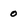
Character: 0